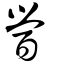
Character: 醟